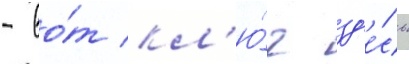
- во́т кл'ю́ч зд'е́сь